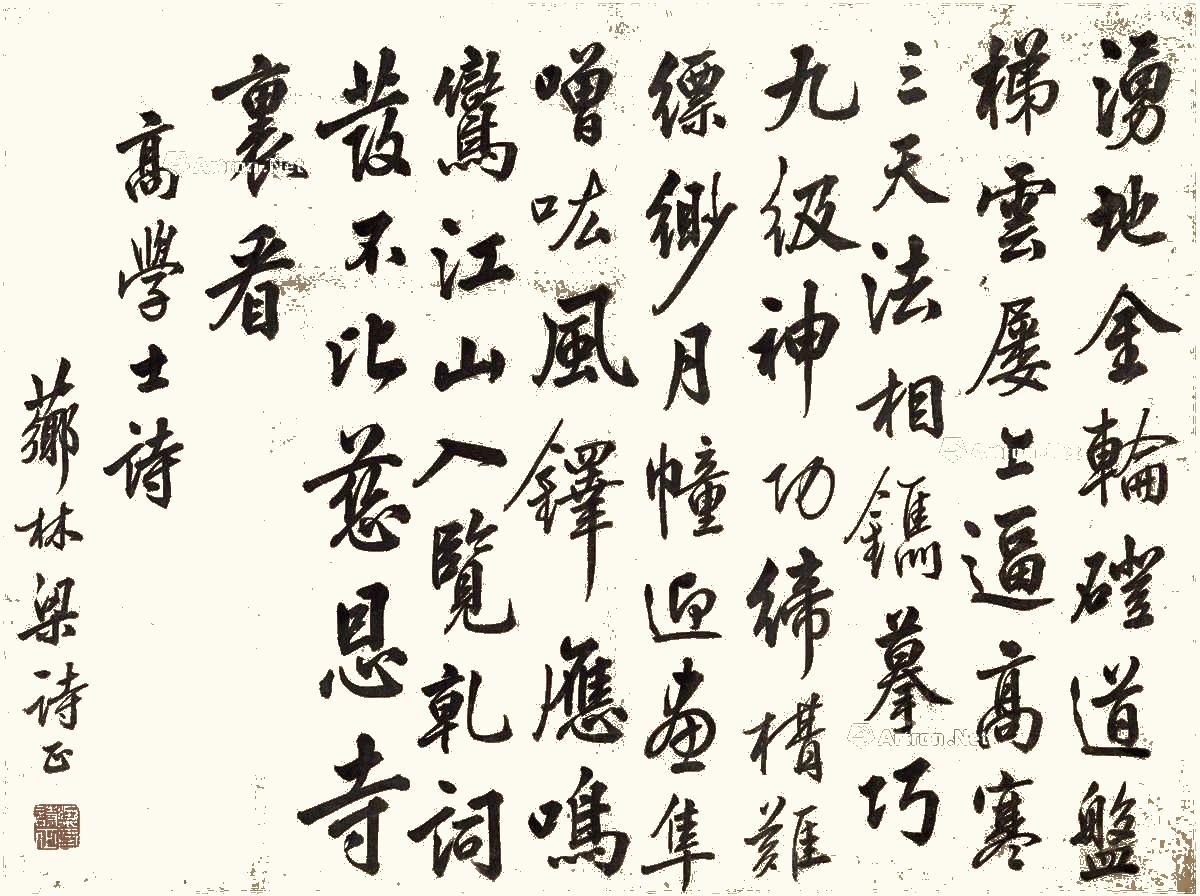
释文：涌地金轮磴道盘，梯云屡上逼高寒。三天法相镌摹巧，九级神功缔构难。缥缈月幢迎画隼，噌吰风铎应鸣鸾。江山入览干词发，不比慈恩寺里看。高学士诗，芗林梁诗正。